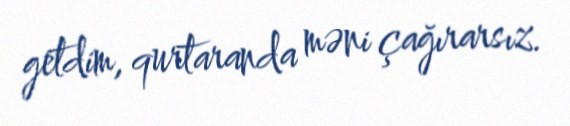
getdim, qurtaranda məni çağırarsız.